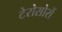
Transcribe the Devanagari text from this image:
टेरोसोरों